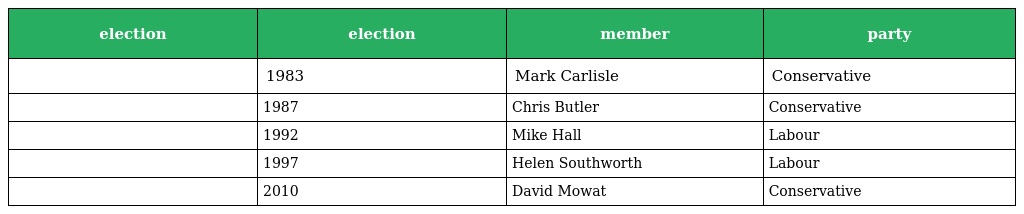
| election | election | member | party |
 | --- | --- | --- | --- |
 |  | 1983 | Mark Carlisle | Conservative |
 |  | 1987 | Chris Butler | Conservative |
 |  | 1992 | Mike Hall | Labour |
 |  | 1997 | Helen Southworth | Labour |
 |  | 2010 | David Mowat | Conservative |